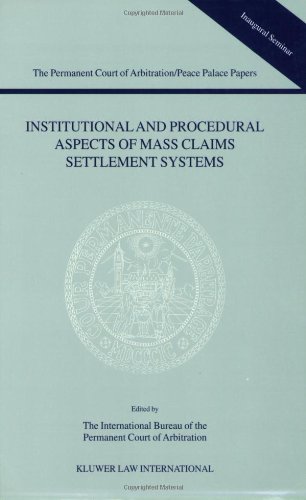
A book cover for Institutional and Procedural Aspects of Mass Claims Settlement Systems (Permanent Court of Arbitration/Peace Palace Papers); The International Bu Reau Of The Permanent Court Of Arbitrati; Law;